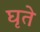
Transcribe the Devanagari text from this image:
घृते